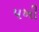
પખી